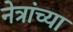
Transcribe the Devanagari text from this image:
नेत्रांच्या